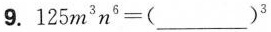
9. $$1 2 5 m ^ { 3 } n ^ { 3 } = ( ___ ) ^ { 3 }$$